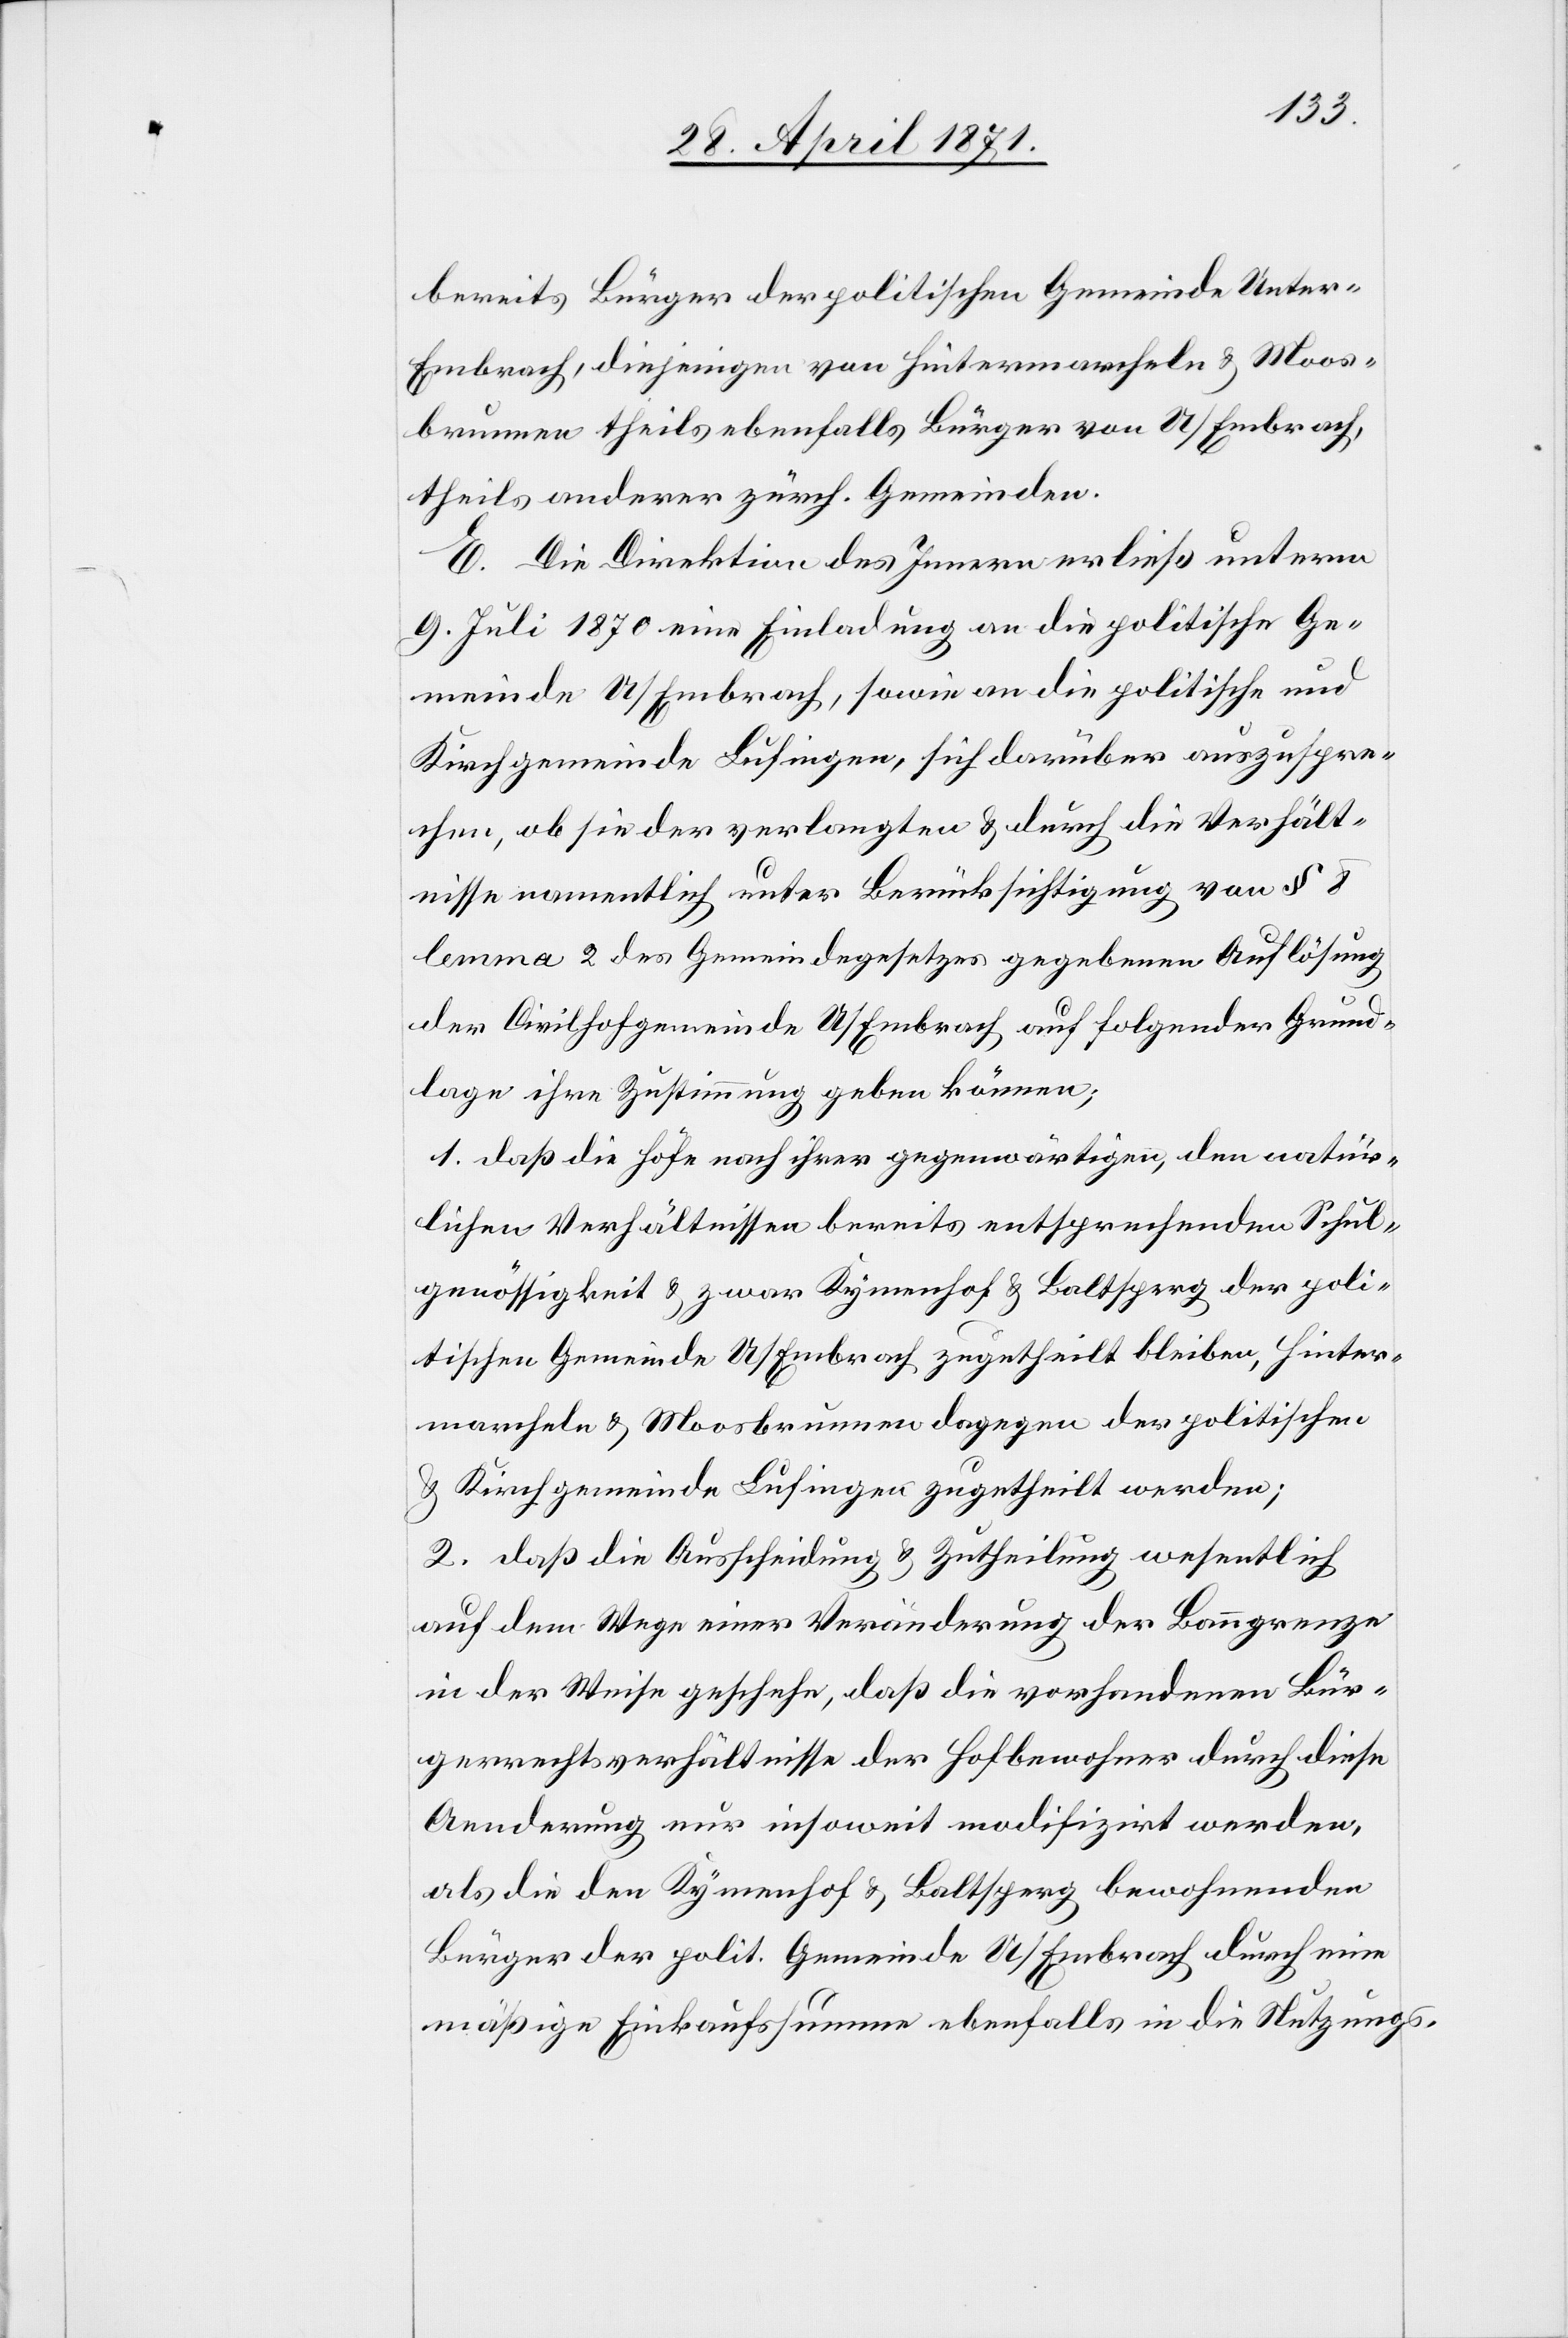
bereits Bürger der politischen Gemeinde Unter-E¬
mbrach, diejenigen von Hintermarcheln u. Moos¬
brunnen theils ebenfalls Bürger von U/Embrach,
theils anderer zürch. Gemeinden.
E. Die Direktion des Innern erließ unterm
9. Juli 1870 eine Einladung an die politische Ge¬
meinde U/Embrach, sowie an die politische und
Kirchgemeinde Lufingen, sich darüber auszuspre¬
chen, ob sie der verlangten u. durch die Verhält¬
nisse namentlich unter Berücksichtigung von § 8
lemma 2 des Gemeindegesetzes gegebenen Auflösung
der Civilhofgemeinde U/Embrach auf folgender Grund¬
lage ihre Zustimmung geben können;
1. daß die Höfe nach ihrer gegenwärtigen, den natür¬
lichen Verhältnissen bereits entsprechenden Schul¬
genössigkeit u. zwar Kymenhof u. Baltsperg der poli¬
tischen Gemeinde U/Embrach zugetheilt bleiben, Hinter¬
marcheln u. Moosbrunnen dagegen der politischen
u. Kirchgemeinde Lufingen zugetheilt werden;
2. daß die Ausscheidung u. Zutheilung wesentlich
auf dem Wege einer Veränderung der Banngrenze
in der Weise geschehe, daß die vorhandenen Bür¬
gerrechtsverhältnisse der Hofbewohner durch diese
Aenderung nur insoweit modifizirt werden,
als die den Kymenhof u. Baltsperg bewohnenden
Bürger der polit. Gemeinde U/Embrach durch eine
mäßige Einkaufssumme ebenfalls in die Nutzungs-